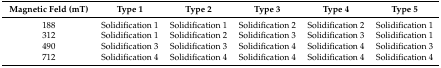
<table><thead><tr><td><b>Magnetic Feld (mT)</b></td><td><b>Type 1</b></td><td><b>Type 2</b></td><td><b>Type 3</b></td><td><b>Type 4</b></td><td><b>Type 5</b></td></tr></thead><tbody><tr><td>188</td><td>Solidification 1</td><td>Solidification 1</td><td>Solidification 2</td><td>Solidification 2</td><td>Solidification 1</td></tr><tr><td>312</td><td>Solidification 1</td><td>Solidification 2</td><td>Solidification 3</td><td>Solidification 3</td><td>Solidification 1</td></tr><tr><td>490</td><td>Solidification 3</td><td>Solidification 3</td><td>Solidification 4</td><td>Solidification 4</td><td>Solidification 3</td></tr><tr><td>712</td><td>Solidification 4</td><td>Solidification 4</td><td>Solidification 4</td><td>Solidification 4</td><td>Solidification 4</td></tr></tbody></table>